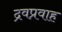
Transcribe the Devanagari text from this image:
द्रवप्रवाह